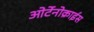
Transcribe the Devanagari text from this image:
ओर्टेनोक्राईस